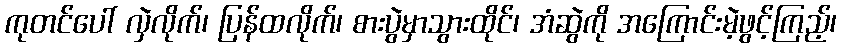
ကုတင်ပေါ် လှဲလိုက်၊ ပြန်ထလိုက်၊ စားပွဲမှာသွားထိုင်၊ အံဆွဲကို အကြောင်းမဲ့ဖွင့်ကြည့်၊